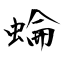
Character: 蜦